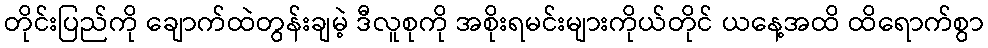
တိုင်းပြည်ကို ချောက်ထဲတွန်းချမဲ့ ဒီလူစုကို အစိုးရမင်းများကိုယ်တိုင် ယနေ့အထိ ထိရောက်စွာ